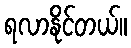
ရလာနိုင်တယ်။